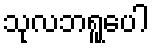
သုလဘရူပေါ